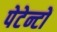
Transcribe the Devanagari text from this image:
पेटेन्टों